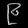
Digit: ၉